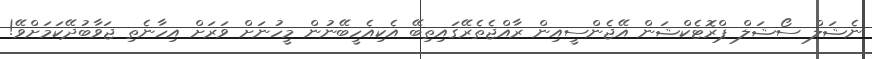
ނެޝަލް ސޯޝަލް ޕްރޮޓެކްޝަން އޭޖެންސީއިން ރާއްޖެތެރޭގައިތިބޭ އެކިއެހީބޭނުން މީހުނަށް ވަރަށް އިހާނެތި ޖަވާބުދޭކަމަށްވޭ!